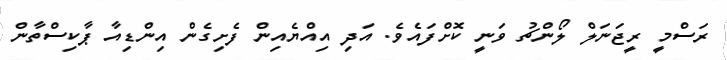
ރަސްމީ ރީޖަނަލް ލޯންޗު ވަނީ ކޮށްފައެވެ. އަދި އިއްޔެއިން ފެށިގެން އިންޑިއާ ޕާކިސްތާން